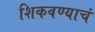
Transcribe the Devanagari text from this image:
शिकवण्याचं